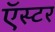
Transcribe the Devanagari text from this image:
ऍस्टर